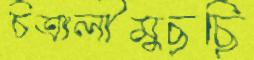
চিত্রালীমুছছি